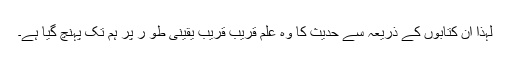
لہذا ان کتابوں کے ذریعہ سے حدیث کا وہ علم قریب قریب یقینی طو ر پر ہم تک پہنچ گیا ہے۔